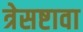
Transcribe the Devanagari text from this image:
त्रेसष्टावा